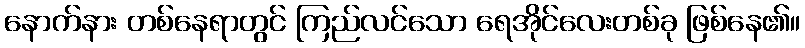
နောက်နား တစ်နေရာတွင် ကြည်လင်သော ရေအိုင်လေးတစ်ခု ဖြစ်နေ၏။